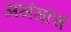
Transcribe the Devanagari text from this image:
अभंगांचं